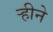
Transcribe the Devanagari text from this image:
ऱ्हीने